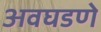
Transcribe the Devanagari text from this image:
अवघडणे